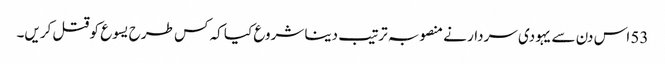
53 اس دن سے یہودی سردار نے منصوبہ ترتیب دینا شروع کیا کہ کس طرح یسوع کو قتل کریں۔